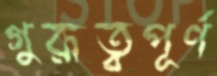
গুরূত্বপূর্ণ